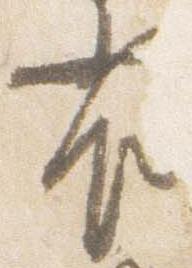
雀